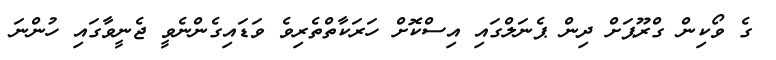
ގެ ވޯކިން ގްރޫޕަށް ދިން ޕެނަލްގައި އިސްކޮށް ހަރަކާތްތެރިވެ ވަޑައިގެންނެވީ ޖެނީވާގައި ހުންނަ